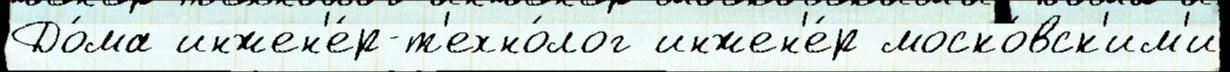
До́ма инжен'е́р-т'ехно́лог инжен'е́р моско́вск'им'и